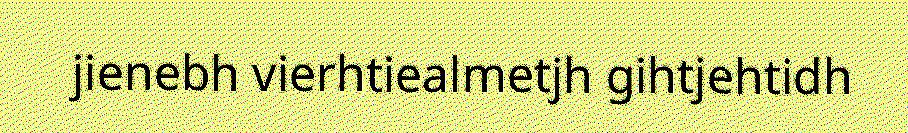
jienebh vierhtiealmetjh gihtjehtidh